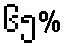
၆၅%